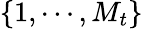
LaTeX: \{ 1,\cdots,M_{t}\}